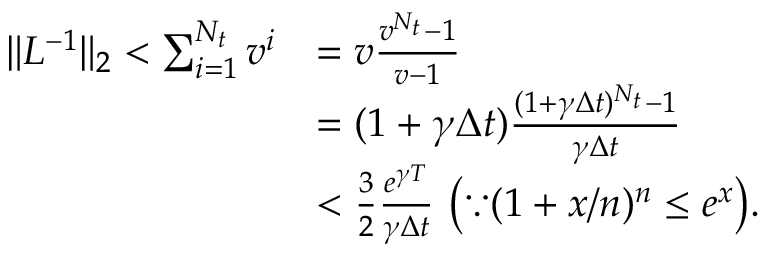
\begin{array} { r l } { \| L ^ { - 1 } \| _ { 2 } < \sum _ { i = 1 } ^ { N _ { t } } v ^ { i } } & { = v \frac { v ^ { N _ { t } } - 1 } { v - 1 } } \\ & { = ( 1 + \gamma \Delta t ) \frac { ( 1 + \gamma \Delta t ) ^ { N _ { t } } - 1 } { \gamma \Delta t } } \\ & { < \frac { 3 } { 2 } \frac { e ^ { \gamma T } } { \gamma \Delta t } \, \, \big ( \because ( 1 + x / n ) ^ { n } \leq e ^ { x } \big ) . } \end{array}